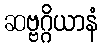
ဆဗ္ဗဂ္ဂိယာနံ